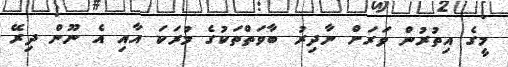
މީގެ އިތުރުން ވަރަށް ނާދިރު ބާވަތްތަކުގެ މުރަކަ އާއި އެ ނޫން ދިރޭ